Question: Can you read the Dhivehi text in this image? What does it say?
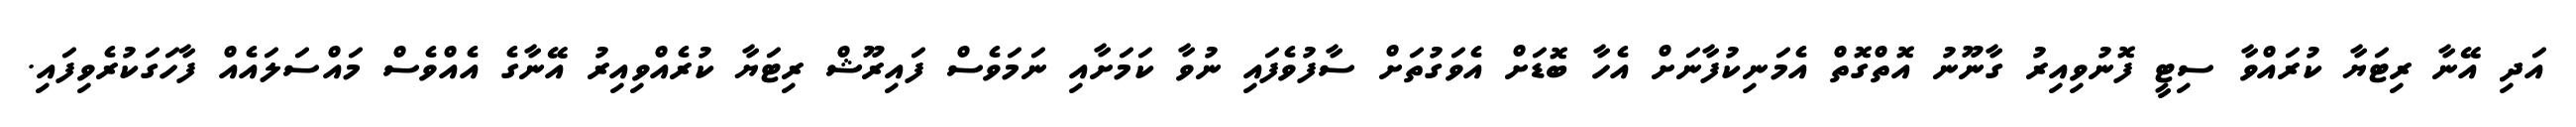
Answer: އަދި އޭނާ ރިޓަޔާ ކުރައްވާ ސިޓީ ފޮނުވިއިރު ގާނޫނު އޮތްގޮތް އެމަނިކުފާނަށް އެހާ ބޮޑަށް އެވަގުތަށް ސާފުވެފައި ނުވާ ކަމަށާއި ނަމަވެސް ފައިރޫޝް ރިޓަޔާ ކުރެއްވިއިރު އޭނާގެ އެއްވެސް މައްސަލައެއް ފާހަގަކުރެވިފައި.